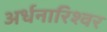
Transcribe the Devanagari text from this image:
अर्धनारिश्वर